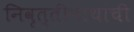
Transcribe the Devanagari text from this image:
निवृत्तीनाथांची